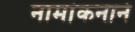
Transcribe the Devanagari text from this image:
नामांकनाने